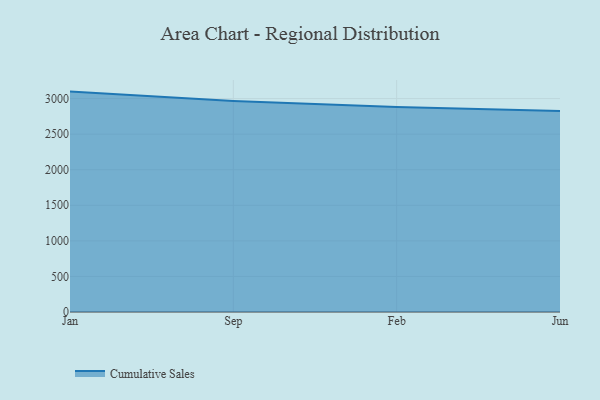
{"axis": {"x": "Month", "y": "Population (Million)"}, "legend": ["Cumulative Sales"], "data": [{"x": "Jan", "y": 3098.1, "type": "Cumulative Sales"}, {"x": "Sep", "y": 2965.2, "type": "Cumulative Sales"}, {"x": "Feb", "y": 2881.0, "type": "Cumulative Sales"}, {"x": "Jun", "y": 2823.8, "type": "Cumulative Sales"}]}